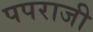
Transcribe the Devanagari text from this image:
पपराजी